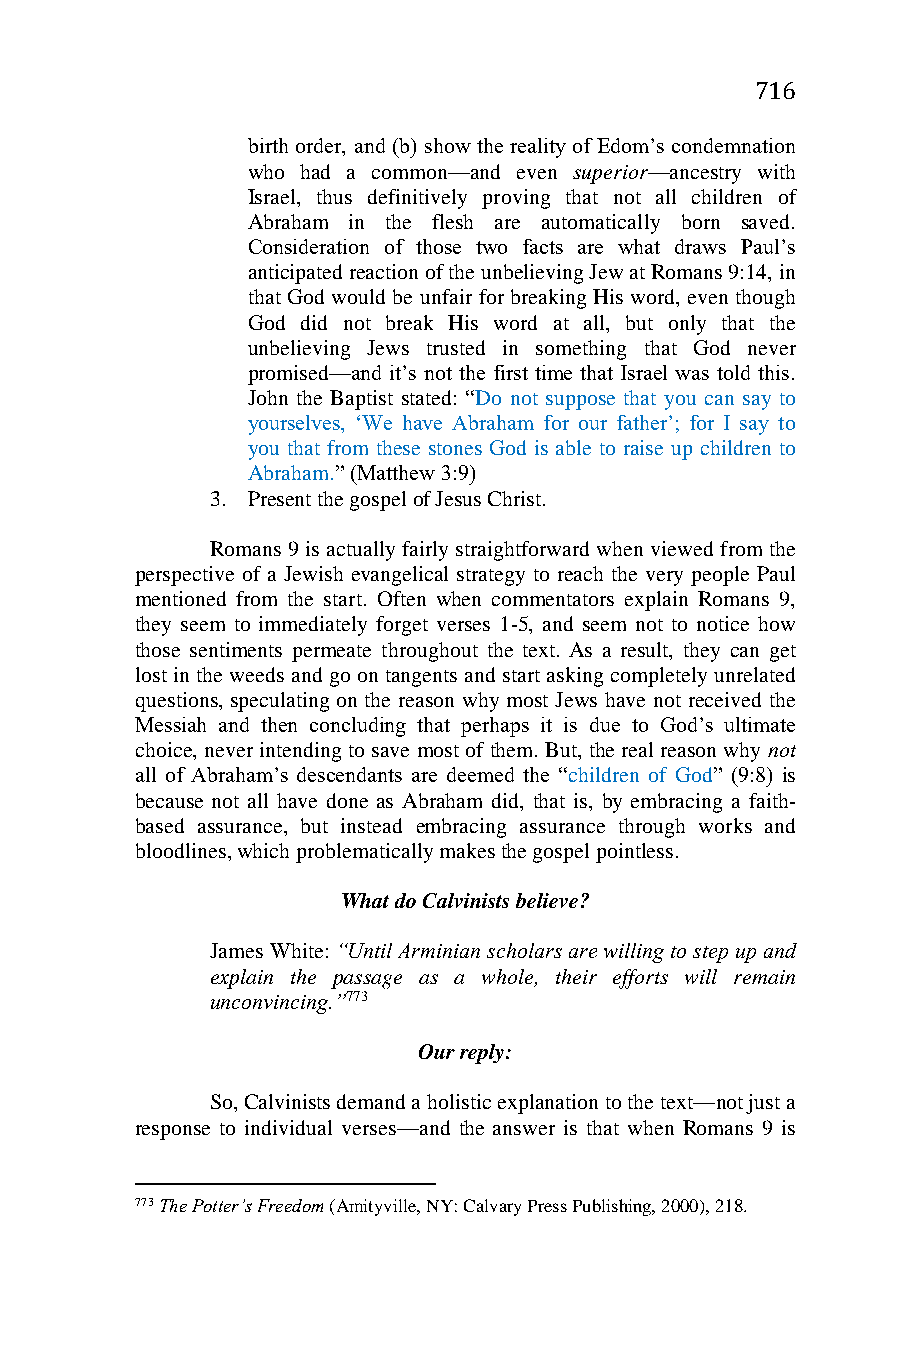
716
 birth order, and (b) show the reality of Edom’s condemnation
 who had a common—and even superior—ancestry with
 Israel, thus definitively proving that not all children of
 Abraham in the flesh are automatically born saved.
 Consideration of those two facts are what draws Paul’s
 anticipated reaction of the unbelieving Jew at Romans 9:14, in
 that God would be unfair for breaking His word, even though
 God did not break His word at all, but only that the
 unbelieving Jews trusted in something that God never
 promised—and it’s not the first time that Israel was told this.
 John the Baptist stated: “Do not suppose that you can say to
 yourselves, ‘We have Abraham for our father’; for I say to
 you that from these stones God is able to raise up children to
 Abraham.” (Matthew 3:9)
 3. Present the gospel of Jesus Christ.
 Romans 9 is actually fairly straightforward when viewed from the
 perspective of a Jewish evangelical strategy to reach the very people Paul
 mentioned from the start. Often when commentators explain Romans 9,
 they seem to immediately forget verses 1-5, and seem not to notice how
 those sentiments permeate throughout the text. As a result, they can get
 lost in the weeds and go on tangents and start asking completely unrelated
 questions, speculating on the reason why most Jews have not received the
 Messiah and then concluding that perhaps it is due to God’s ultimate
 choice, never intending to save most of them. But, the real reason why not
 all of Abraham’s descendants are deemed the “children of God” (9:8) is
 because not all have done as Abraham did, that is, by embracing a faith-
 based assurance, but instead embracing assurance through works and
 bloodlines, which problematically makes the gospel pointless.
 What do Calvinists believe?
 James White: “Until Arminian scholars are willing to step up and
 explain the passage as a whole, their efforts will remain
 unconvincing.”773
 Our reply:
 So, Calvinists demand a holistic explanation to the text—not just a
 response to individual verses—and the answer is that when Romans 9 is
 773 The Potter’s Freedom (Amityville, NY: Calvary Press Publishing, 2000), 218.